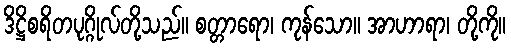
ဒိဋ္ဌိစရိတပုဂ္ဂိုလ်တို့သည်။ စတ္တာရော၊ ကုန်သော။ အာဟာရာ၊ တို့ကို။